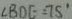
\angle B D E = 7 5 ^ { \circ }